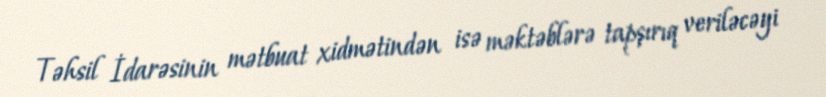
Təhsil İdarəsinin mətbuat xidmətindən isə məktəblərə tapşırıq veriləcəyi